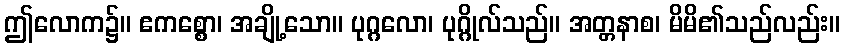
ဤလောက၌။ ဧကစ္စော၊ အချို့သော။ ပုဂ္ဂလော၊ ပုဂ္ဂိုလ်သည်။ အတ္တနာစ၊ မိမိ၏သည်လည်း။